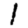
Digit: 1